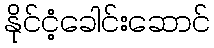
နိုင်ငံ့ခေါင်းဆောင်